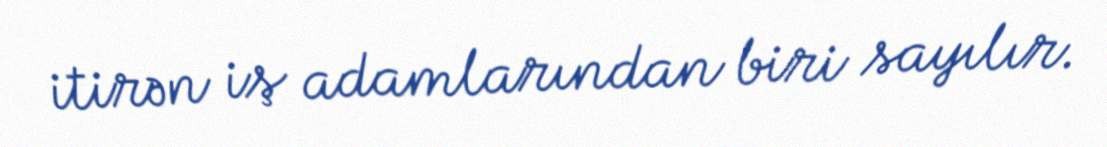
itirən iş adamlarından biri sayılır.